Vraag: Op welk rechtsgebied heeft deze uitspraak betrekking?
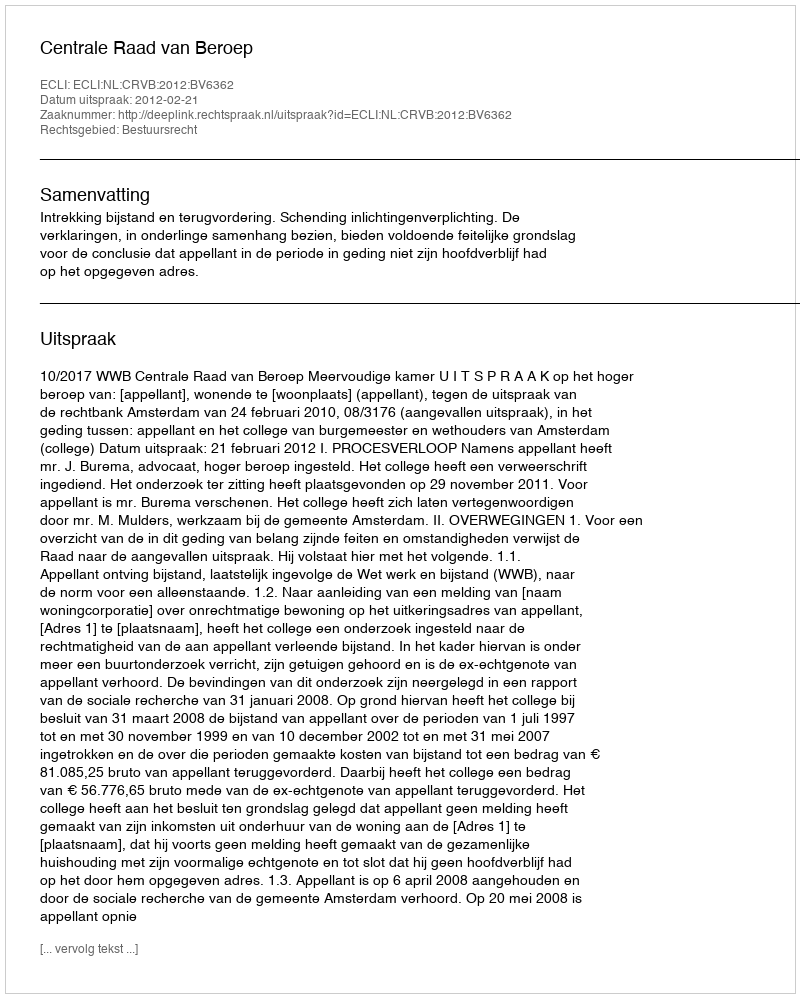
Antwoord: Bestuursrecht